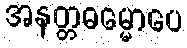
အနတ္တဓမ္မောပေ